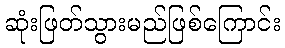
ဆုံးဖြတ်သွားမည်ဖြစ်ကြောင်း